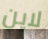
لاين